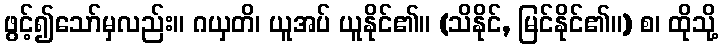
ဖွင့်၍သော်မှလည်း။ ဂယှတိ၊ ယူအပ် ယူနိုင်၏။ (သိနိုင်, မြင်နိုင်၏။) စ၊ ထိုသို့